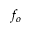
f _ { o }